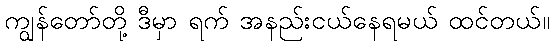
ကျွန်တော်တို့ ဒီမှာ ရက် အနည်းငယ်နေရမယ် ထင်တယ်။